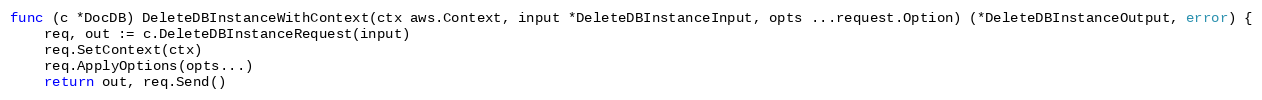
Language: Go
func (c *DocDB) DeleteDBInstanceWithContext(ctx aws.Context, input *DeleteDBInstanceInput, opts ...request.Option) (*DeleteDBInstanceOutput, error) {
	req, out := c.DeleteDBInstanceRequest(input)
	req.SetContext(ctx)
	req.ApplyOptions(opts...)
	return out, req.Send()